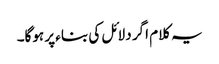
یہ کلام اگر دلائل کی بناء پر ہوگا۔